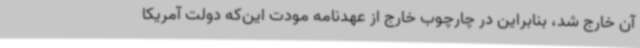
آن خارج شد، بنابراین در چارچوب خارج از عهدنامه مودت این‌که دولت آمریکا